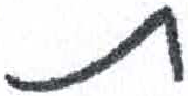
אות: ת